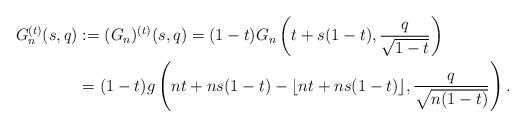
LaTeX: \begin{align*}G_n^{(t)}(s,q) &:= (G_n)^{(t)}(s,q) = (1-t)G_n\left(t + s(1-t),\frac{q}{\sqrt{1-t}}\right) \\&= (1-t)g\left(nt + ns(1-t) - \lfloor nt + ns(1-t)\rfloor, \frac{q}{\sqrt{n(1-t)}}\right).\end{align*}